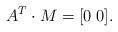
LaTeX: \begin{align*}A^T \cdot M = [ 0 \; 0 ].\end{align*}